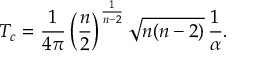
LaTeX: T _ { c } = \frac { 1 } { 4 \pi } \left( \frac { n } { 2 } \right) ^ { \frac { 1 } { n - 2 } } \sqrt { n ( n - 2 ) } \, \frac { 1 } { \alpha } .